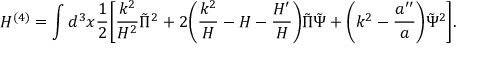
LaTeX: H ^ { ( 4 ) } = \int d ^ { 3 } x \frac { 1 } { 2 } \biggl [ \frac { k ^ { 2 } } { { \cal H } ^ { 2 } } \tilde { \Pi } ^ { 2 } + 2 \biggl ( \frac { k ^ { 2 } } { \cal H } - { \cal H } - \frac { { \cal H } ^ { \prime } } { { \cal H } } \biggr ) \tilde { \Pi } \tilde { \Psi } + \biggl ( k ^ { 2 } - \frac { a ^ { \prime \prime } } { a } \biggr ) \tilde { \Psi } ^ { 2 } \biggr ] .